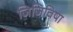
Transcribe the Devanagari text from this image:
जिजिविषा